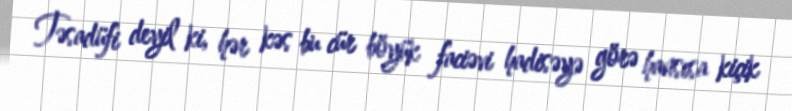
Təsadüfi deyil ki, hər kəs bu cür böyük faciəvi hadisəyə görə hansısa kiçik